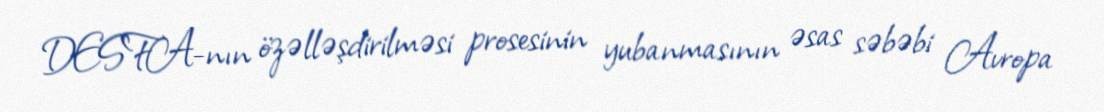
DESFA-nın özəlləşdirilməsi prosesinin yubanmasının əsas səbəbi Avropa